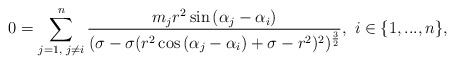
\begin{align*} 0=\sum\limits_{j=1,\textrm{ }j\neq i}^{n}\frac{m_{j}r^{2}\sin{(\alpha_{j}-\alpha_{i})}}{(\sigma-\sigma(r^{2}\cos{(\alpha_{j}-\alpha_{i})}+\sigma-r^{2})^{2})^{\frac{3}{2}}},\textrm{ }i\in\{1,...,n\}, \end{align*}